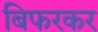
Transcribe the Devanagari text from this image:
बिफरकर